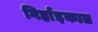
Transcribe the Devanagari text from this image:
गिर्हाइकात